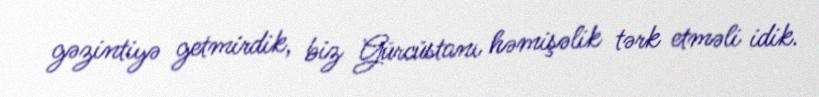
gəzintiyə getmirdik, biz Gürcüstanı həmişəlik tərk etməli idik.